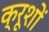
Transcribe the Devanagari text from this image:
क्रूशों